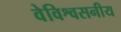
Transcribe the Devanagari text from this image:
वेविश्वसनीय